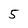
Character: 5